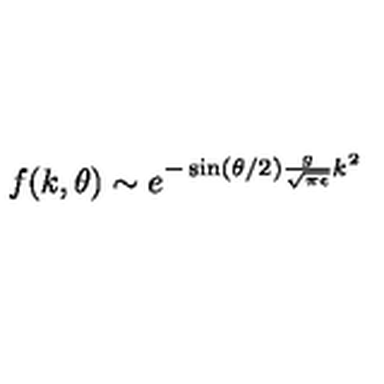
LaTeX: f ( k , \theta ) \sim e ^ { - \sin ( \theta / 2 ) \frac { g } { \sqrt { \pi \epsilon } } k ^ { 2 } }